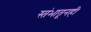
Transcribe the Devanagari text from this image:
स्तंभातूनही